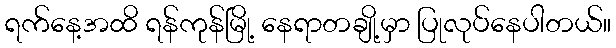
ရက်နေ့အထိ ရန်ကုန်မြို့ နေရာတချို့မှာ ပြုလုပ်နေပါတယ်။